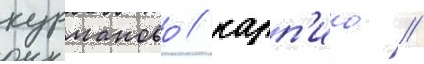
курманово / карп'ино /